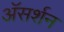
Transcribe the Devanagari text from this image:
अॅसर्शन